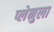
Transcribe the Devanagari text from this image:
प्लेनुला